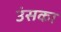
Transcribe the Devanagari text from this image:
उंसका